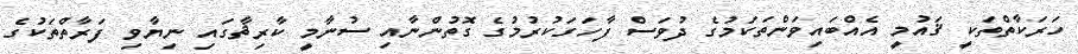
ހަރަކާތްތަކީ ޤައުމީ އެއްބައިވަންތަކަމުގެ ދުވަސް ފާހަގަކުރުމުގެ ގޮތުންނާއި ސުނާމީ ކާރިޘާގައި ނިޔާވި ފަރާތްތަކުގެ